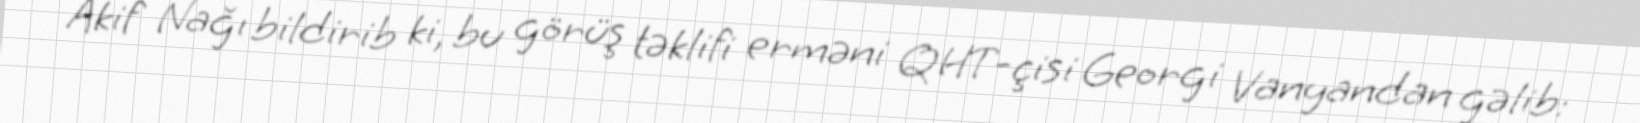
Akif Nağı bildirib ki, bu görüş təklifi erməni QHT-çisi Georgi Vanyandan gəlib: